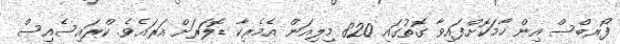
ފޯރބްސް އިން ހާމަކޮށްފައިވާ ގޮތުގައި 820 މިލިއަން އެމެރިކާ ޑޮލަރަށް އަރައެވެ. ކްރައިސެއިސް